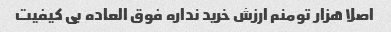
اصلا هزار تومنم ارزش خرید نداره فوق العاده بی کیفیت